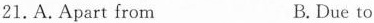
21. A.Apart from B. Due to